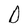
Character: D